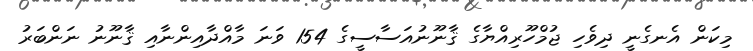
މިކަން އެނގެނީ ދިވެހި ޖުމްހޫރިއްޔާގެ ޤާނޫނުއަސާސީގެ 154 ވަނަ މާއްދާއިންނާއި ޤާނޫނު ނަންބަރު